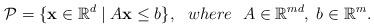
LaTeX: \begin{align*}\mathcal{P} = \{ \mathbf{x} \in \mathbb{R}^d \mid A\mathbf{x} \leq b \}, \ \ where \ \ A \in \mathbb{R}^{md}, \; b \in \mathbb{R}^m.\end{align*}